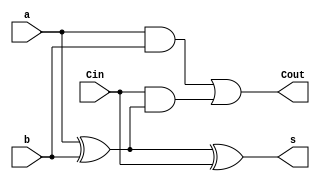
//???_E94084016
//function: implement a 1-bit adder&substractor 
module one_bit_full_adder ( s, Cout, a, b, Cin );

	input a, b, Cin;
	output Cout, s;

	assign s = a ^ b ^ Cin;
	assign Cout = (a & b) | (Cin & (a ^ b));

endmodule